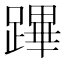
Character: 蹕